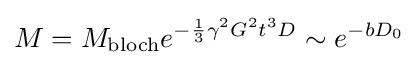
{M}={M}_{\text{bloch}}e^{-{\frac {1}{3}}\gamma ^{2}G^{2}t^{3}D}\sim e^{-bD_{0}}